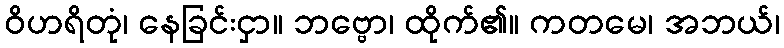
ဝိဟရိတုံ၊ နေခြင်းငှာ။ ဘဗ္ဗော၊ ထိုက်၏။ ကတမေ၊ အဘယ်၊